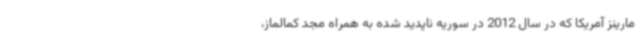
مارینز آمریکا که در سال 2012 در سوریه ناپدید شده به همراه مجد کمالماز،